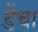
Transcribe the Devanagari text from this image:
डेंचा